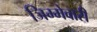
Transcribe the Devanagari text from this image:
जिम्‍मेवारी